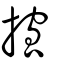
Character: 搲